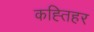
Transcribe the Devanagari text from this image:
कह्तिहर